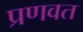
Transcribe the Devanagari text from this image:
प्रणवत